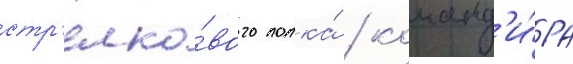
стр'елко́вого полка́ / команд'и́ра